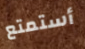
أستمتع